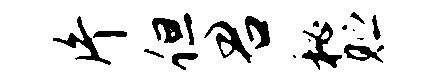
片但君秘贮